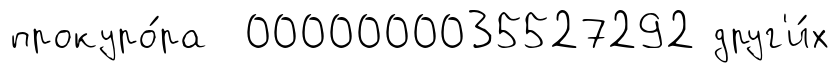
прокуро́ра 0000000035527292 друг'и́х